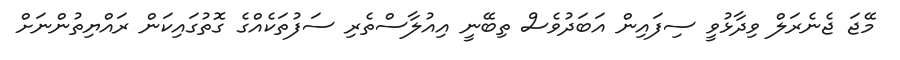
މޭޖަ ޖެނެރަލް ވިދާޅުވީ ސިފައިން އަބަދުވެސް ތިބޭނީ އިއުލާސްތެރި ސަފުތަކެއްގެ ގޮތުގައިކަން ރައްޔިތުންނަށް